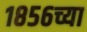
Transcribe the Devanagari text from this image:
१८५६च्या